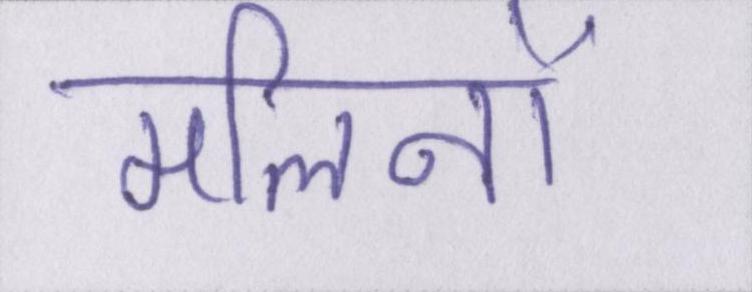
मलिनों